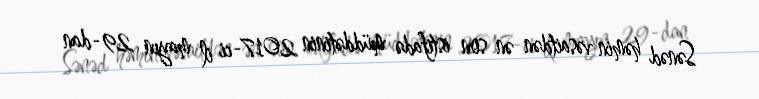
Sənəd həmin vəsaitdən ən son istifadə müddətinin 2017-ci il mayın 29-dan